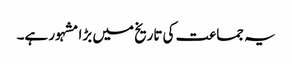
یہ جماعت کی تاریخ میں بڑا مشہور ہے۔